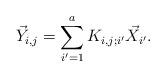
LaTeX: \begin{align*}\vec{Y}_{i,j}= \sum_{i'=1}^{a} K_{i,j;i'} \vec{X}_{i'}.\end{align*}